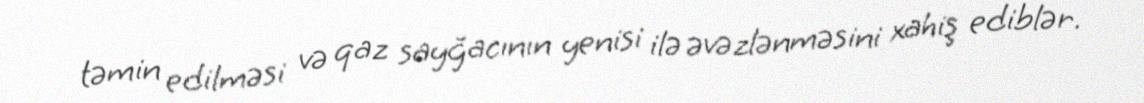
təmin edilməsi və qaz sayğacının yenisi ilə əvəzlənməsini xahiş ediblər.